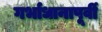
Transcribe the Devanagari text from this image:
गर्भाधानापूर्वी